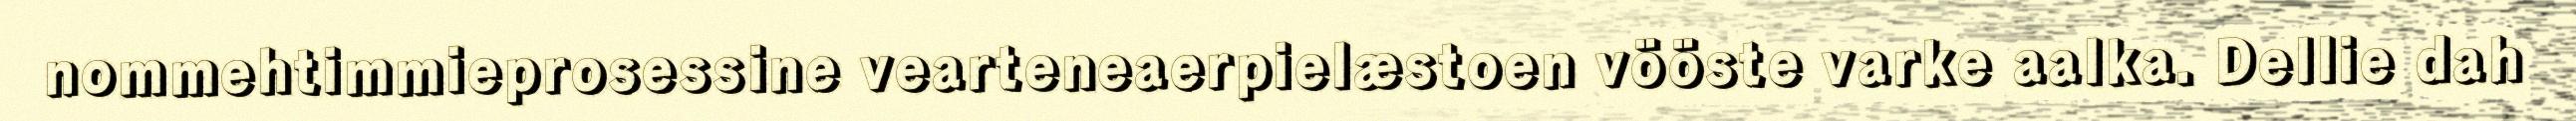
nommehtimmieprosessine vearteneaerpielæstoen vööste varke aalka. Dellie dah